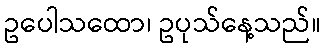
ဥပေါသထော၊ ဥပုသ်နေ့သည်။